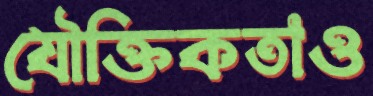
যৌক্তিকতাও